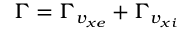
\Gamma = \Gamma _ { v _ { x e } } + \Gamma _ { v _ { x i } }